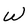
Character: W